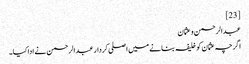
[23]
عبدالرحمن و عثمان
اگرچہ عثمان کو خلیفہ بنانے میں اصلی کردار عبدالرحمن نے ادا کیا۔